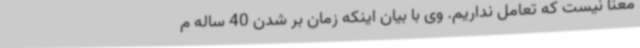
معنا نیست که تعامل نداریم. وی با بیان اینکه زمان بر شدن 40 ساله م